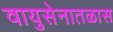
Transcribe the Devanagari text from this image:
वायुसेनातळास